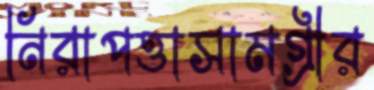
নিরাপত্তাসামগ্রীর